Civil Veterinary Dept. Bombay admin report 1932-41 - 1932-1941
Year: 1932
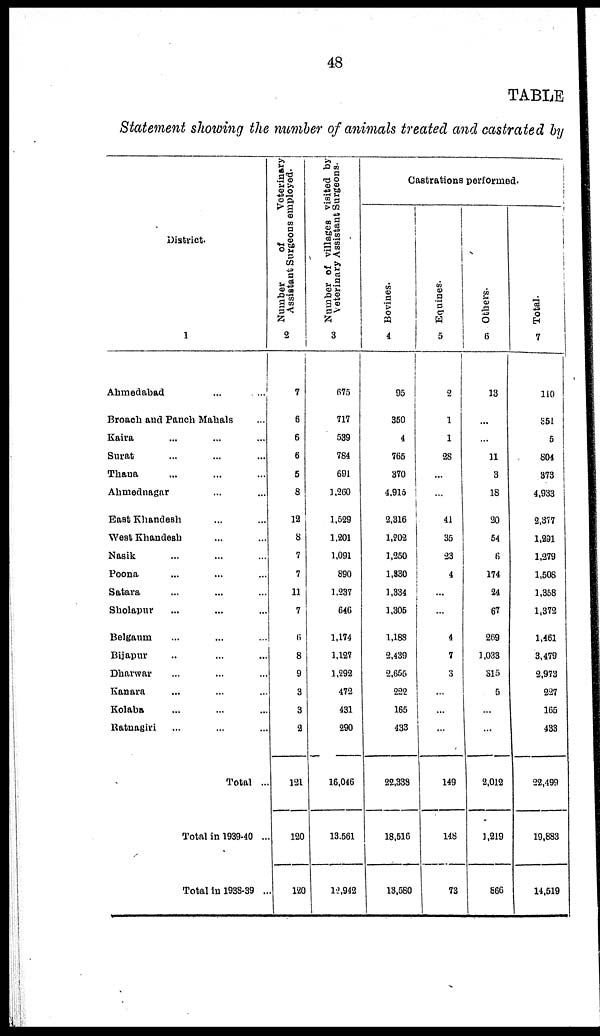
48
TABLE
Statement showing the number of animals treated and castrated by
District.
1
Ahmedabad ... ...
Broach and Panch Mahals ...
Kaira ... ... ...
Surat ... ... ...
Thana ... ... ...
Ahmednagar ... ...
East Khandesh ... ...
West Khandesh ... ...
Nasik ... ... ...
Poona ... ... ...
Satara ... ... ...
Sholapur ... ... ...
Belgaum ... ... ...
Bijapur ... ... ...
Dharwar ... ... ...
Kanara ... ... ...
Kolaba ... ... ...
Ratnagiri ... ... ...
Total ...
Total in 1939-40 ...
Total in 1938-39 ...
Number of
Veterinary
Assistant Surgeons employed.
2
7
6
6
6
5
8
12
8
7
7
11
7
6
8
9
3
3
2
121
120
120
Number of villages visited by
Veterinary Assistant Surgeons.
3
675
717
539
784
691
1,260
1,529
1,201
1,091
890
1,237
646
1,174
1,127
1,292
472
431
290
16,046
13,561
12,942
Castrations
performed.
Bovines.
4
95
350
4
765
370
4,915
2,316
1,202
1,250
1,330
1,334
1,305
1,188
2,439
2,655
222
165
433
22,338
18,516
13,580
Equines.
5
2
1
1
28
...
...
41
35
23
4
...
...
4
7
3
...
...
...
149
148
73
Others.
6
13
...
...
11
3
18
20
54
6
174
24
67
269
1,033
315
5
...
...
2,012
1,219
866
Total.
7
110
351
5
804
373
4,933
2,377
1,291
1,279
1,508
1,358
1,372
1,461
3,479
2,973
227
165
433
22,499
19,883
14,519